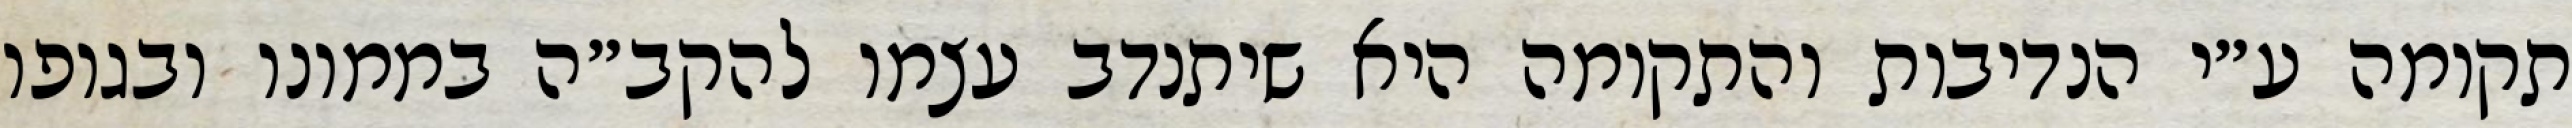
תקומה ע״י הנדיבות והתקומה היא שיתנדב עצמו להקב״ה בממונו ובגופו